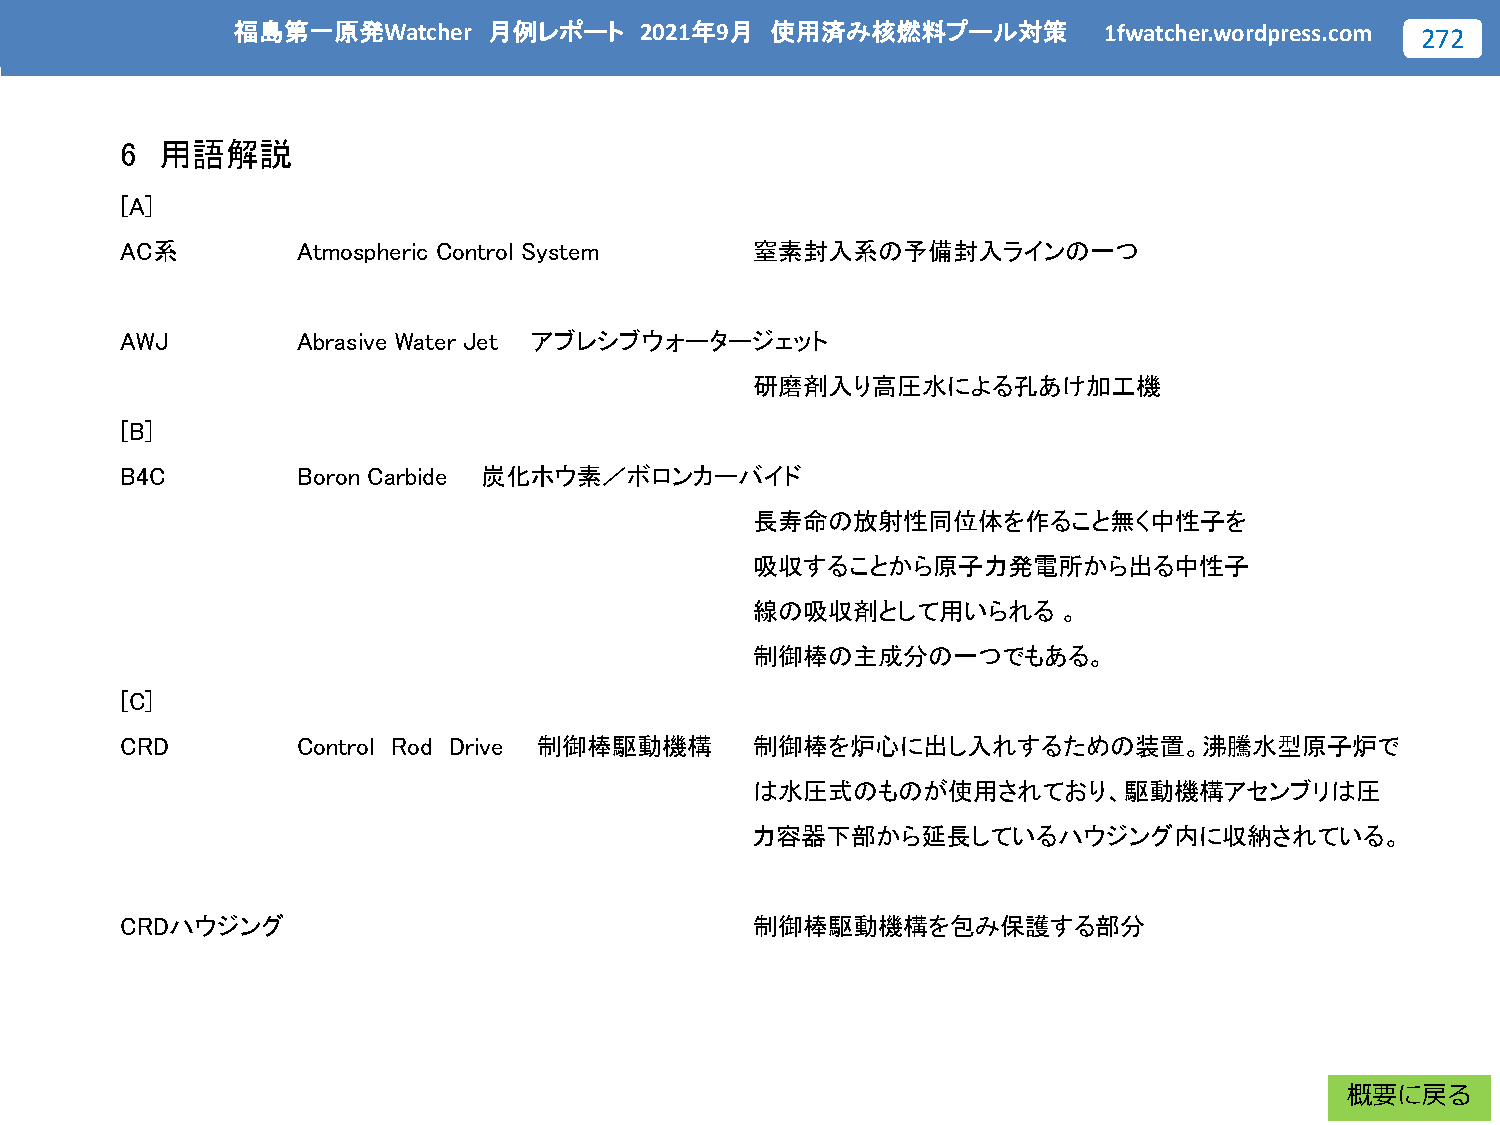
福島第一原発Watcher    月例レポート    2021年9月  使用済み核燃料プール対策          1fwatcher.wordpress.com 272
 6  用語解説
 [A]
 AC系         Atmospheric Control System    窒素封入系の予備封入ラインの一つ
 AWJ         Abrasive Water Jet アブレシブウォータージェット
 研磨剤入り高圧水による孔あけ加工機
 [B]
 B4C         Boron Carbide 炭化ホウ素／ボロンカーバイド
 長寿命の放射性同位体を作ること無く中性子を
 吸収することから原子力発電所から出る中性子
 線の吸収剤として用いられる       。
 制御棒の主成分の一つでもある。
 [C]
 CRD         Control Rod Drive 制御棒駆動機構     制御棒を炉心に出し入れするための装置。沸騰水型原子炉で
 は水圧式のものが使用されており、駆動機構アセンブリは圧
 力容器下部から延長しているハウジング内に収納されている。
 CRDハウジング                                  制御棒駆動機構を包み保護する部分
 概要に戻る